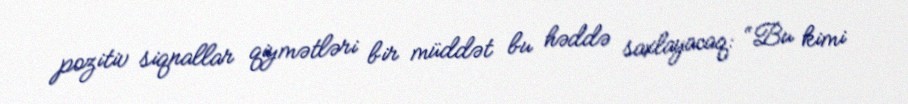
pozitiv siqnallar qiymətləri bir müddət bu həddə saxlayacaq: “Bu kimi